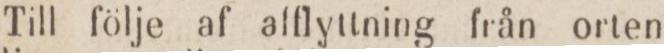
Till följe af afflyttning från orten,